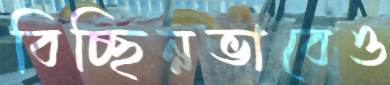
বিচ্ছিন্নভাবেও